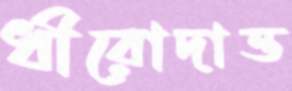
ধীরোদাত্ত